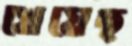
খেয়েছ